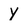
Character: y